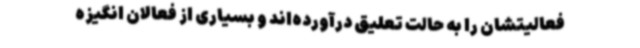
فعالیتشان را به حالت تعلیق درآورده‌اند و بسیاری از فعالان انگیزه